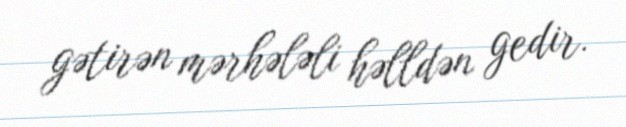
gətirən mərhələli həlldən gedir.